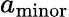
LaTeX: a_{\mathrm{minor}}